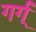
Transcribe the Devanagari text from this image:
गर्ग्